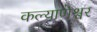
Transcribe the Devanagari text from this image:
कल्याणेश्वर